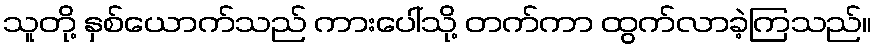
သူတို့ နှစ်ယောက်သည် ကားပေါ်သို့ တက်ကာ ထွက်လာခဲ့ကြသည်။